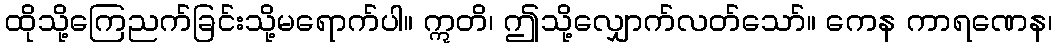
ထိုသို့ကြေညက်ခြင်းသို့မရောက်ပါ။ ဣတိ၊ ဤသို့လျှောက်လတ်သော်။ ကေန ကာရဏေန၊